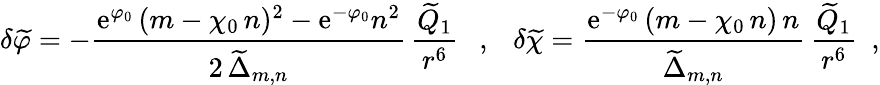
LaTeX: \delta{\widetilde\varphi}=-\frac{\mathrm{e}^{\varphi_{0}}\, (m-\chi_{0}\, n)^{2}-\mathrm{e}^{-\varphi_{0}}n^{2}}{2\, {\widetilde\Delta}_{m,n}}\, \frac{{\widetilde Q}_{1}}{r^{6}}~~~,~~~\delta{\widetilde\chi}=\frac{\mathrm{e}^{-\varphi_{0}}\, (m-\chi_{0}\, n)\, n}{{\widetilde\Delta}_{m,n}}\, \frac{{\widetilde Q}_{1}}{r^{6}}~~,